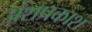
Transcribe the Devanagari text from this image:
अंशप्रकाश